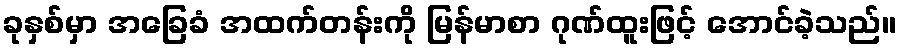
ခုနှစ်မှာ အခြေခံ အထက်တန်းကို မြန်မာစာ ဂုဏ်ထူးဖြင့် အောင်ခဲ့သည်။